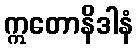
ဣတောနိဒါနံ